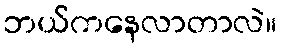
ဘယ်ကနေလာတာလဲ။